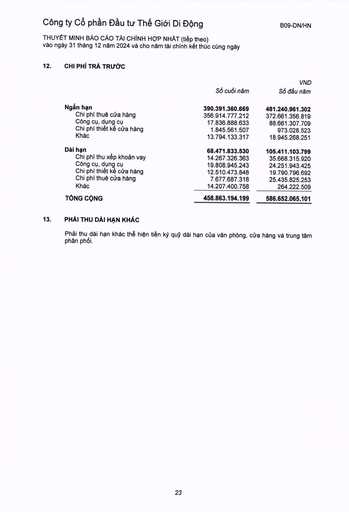
||Số cuối năm|VND Số đầu năm| |---|---|---| |Ngắn hạn|390.391.360.669|481.240.961.302| |Chi phí thuê cửa hàng|356.914.777.212|372.661.356.819| |Công cụ, dụng cụ|17.836.888.633|88.661.307.709| |Chi phí thiết kế cửa hàng|1.845.561.507|973.028.523| |Khác|13.794.133.317|18.945.268.251| |Dài hạn|68.471.833.530|105.411.103.799| |Chi phí thuê xếp khoản vay|14.267.326.363|35.668.315.920| |Công cụ, dụng cụ|19.808.945.243|24.251.943.425| |Chi phí thiết kế cửa hàng|12.510.473.848|19.790.796.692| |Chi phí thuê cửa hàng|7.677.687.318|25.435.825.253| |Khác|14.207.400.758|264.222.509| |TỔNG CỘNG|458.863.194.199|586.652.065.101|